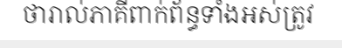
ថារាល់ភាគីពាក់ព័ន្ធទាំងអស់ត្រូវ